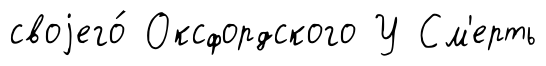
своjего́ Оксфордского У См'ерть